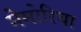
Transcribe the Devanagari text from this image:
मेमोरिया